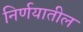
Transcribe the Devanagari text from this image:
निर्णयातील